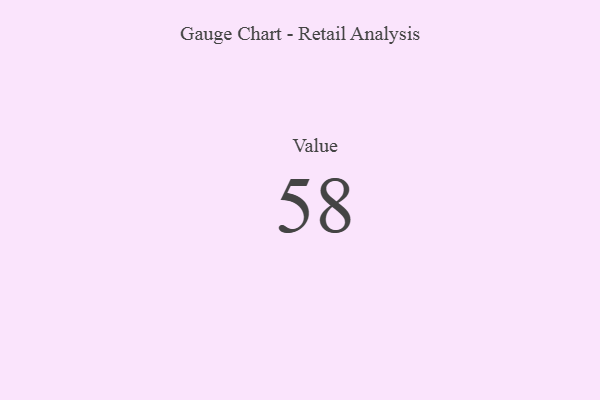
{"axis": {"x": "Metric", "y": "Value"}, "legend": [""], "data": [{"x": "Value", "y": 58, "type": ""}]}